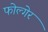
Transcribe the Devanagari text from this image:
फोल्गेर